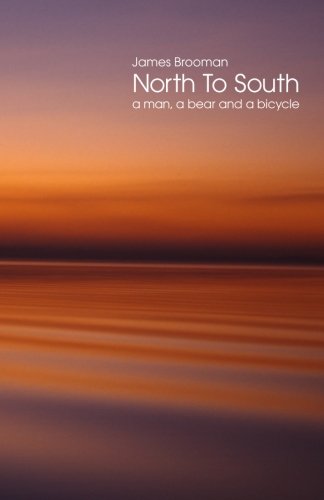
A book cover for North To South: A man, a bear and a bicycle; James Brooman; Travel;